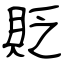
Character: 貶